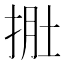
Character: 𭠾